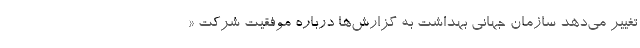
تغییر می‌دهد سازمان جهانی بهداشت به گزارش‌ها درباره موفقیت شرکت «